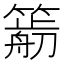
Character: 𥳭